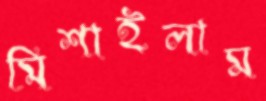
মিশাইলাম